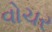
વોચર